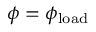
\phi = \phi _ { \mathrm { l o a d } }